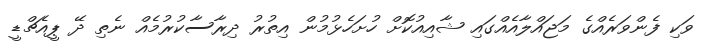
ވަކި ފެންވަރެއްގެ މަޖައްލާއެއްގައި ޝާއިއުކޮށް ހުށަހެޅުމުން އިތުރު ދިރާސާކުރުމެއް ނެތި ދޭ ޕީއެޗްޑީ